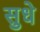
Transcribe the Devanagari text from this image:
सुधे